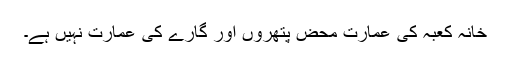
خانہ کعبہ کی عمارت محض پتھروں اور گارے کی عمارت نہیں ہے۔